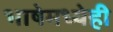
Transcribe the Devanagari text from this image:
भाषेमध्येही